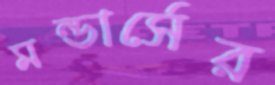
মন্ডার্সের